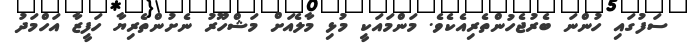
ސަފުގައި ހުންނަ ބެރުޖެހުންތެރިއެކެވެ. މަންމައަކީ މުޅި މާލެއަށް މަޝްހޫރު ނެށުންތެރިޔާ ހަފީޒާ އަހްމަދު